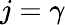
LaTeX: j=\gamma